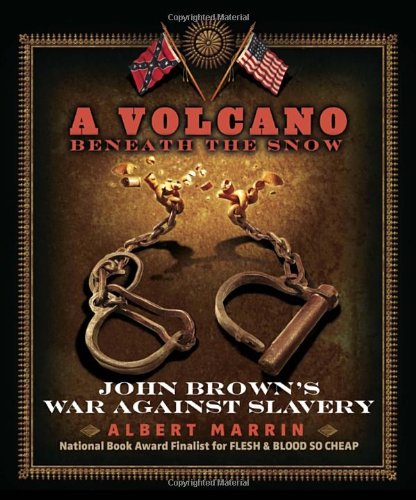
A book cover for A Volcano Beneath the Snow: John Brown's War Against Slavery; Albert Marrin; Teen & Young Adult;